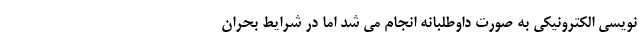
نویسی الکترونیکی به صورت داوطلبانه انجام می شد اما در شرایط بحران